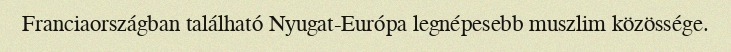
Franciaországban található Nyugat-Európa legnépesebb muszlim közössége.